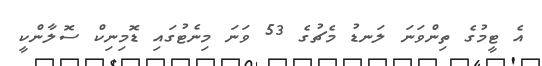
އެ ޓީމުގެ ތިންވަނަ ލަނޑު މެޗުގެ 53 ވަނަ މިނެޓުގައި ޑޮމިނިކް ސޮލާންކީ